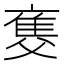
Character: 𤕚